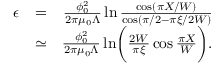
\begin{array} { r l r } { \epsilon } & { = } & { \frac { \phi _ { 0 } ^ { 2 } } { 2 \pi \mu _ { 0 } \Lambda } \ln \frac { \cos ( \pi X / W ) } { \cos ( \pi / 2 - \pi \xi / 2 W ) } } \\ & { \simeq } & { \frac { \phi _ { 0 } ^ { 2 } } { 2 \pi \mu _ { 0 } \Lambda } \ln \biggl ( \frac { 2 W } { \pi \xi } \cos \frac { \pi X } { W } \biggr ) . } \end{array}